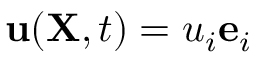
\ \mathbf { u } ( \mathbf { X } , t ) = u _ { i } \mathbf { e } _ { i }